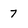
Character: 7